Annual report on the health of the army in India
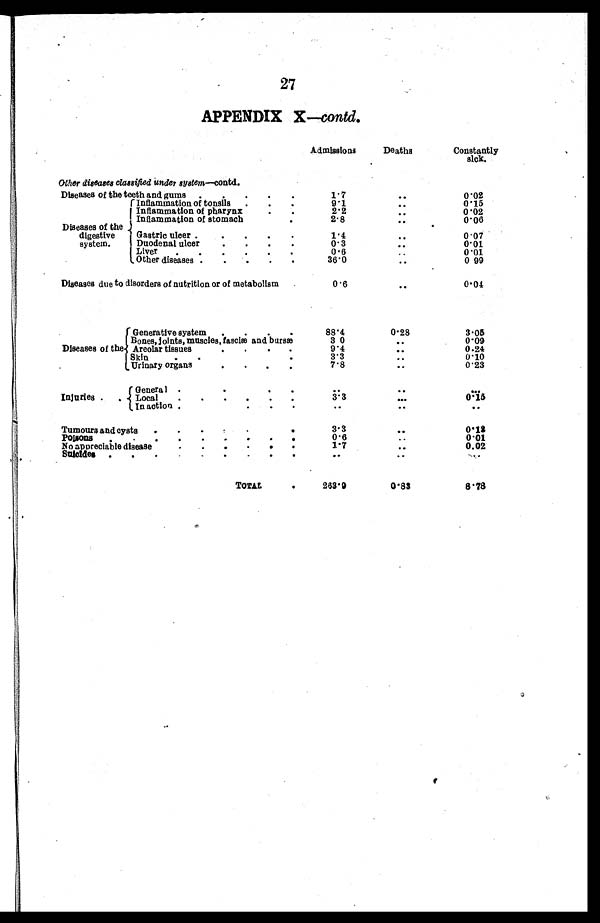
27
APPENDIX X—contd.
Admissions
Deaths
Constant
ly sick.
Other diseases classified under system—contd.
Diseases of the teeth and gums.
.
.
.
.
1.7
. .
0.02
Diseases of the
digestive
system.
Inflammation of tonsils
. . .
9.1
. .
0.15
Inflammation of pharynx
. .
2.2
..
0.02
Inflammation of stomach
2.8
...
0.06
Gastric ulcer .
.
.
1.4
. .
0.07
Duodenal ulcer
.
.
. .
0.3
. .
0.01
Liver
.
.
.
0.6
..
0.01
Other diseases
36.0
. .
0 99
Diseases due to disorders of nutrition or of metabolism
0.6
. .
0.04
Diseases of the
Generative system
.
.
88.4
0.28
3.05
Bones, joints muscles, fasciæ and bursæ
3 0
. .
0.09
Areolar tissues
9.4
. .
0.24
Skin
3.3
..
0.10
Urinary organs
.
.
.
7.8
..
0.23
Injuries .
..
General
. .
. .
. . .
Local
.
.
.
.
.
.
3.3
. . .
0 . 1 5
In action ,
. .
..
..
Tumours and cysts
.
. .
3.3
..
0.13
Poisons
.
.
.
.
.
. .
0.6
..
0.01
No appreciable disease
. 1 . 7
..
0.02
Suicides .
. . . . . - . .
. . ..
. .
TOTAL
263.9
0.83
8.78